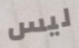
ليس